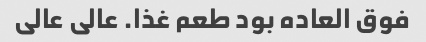
فوق العاده بود طعم غذا. عالی عالی